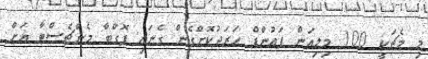
މި މެޗަކީ 100 މިލިއަން ޕައުންޑް ހަރަދުކޮށްގެން ގެނައި ޕޮގްބާ މެންޗެސްޓާ އަށް